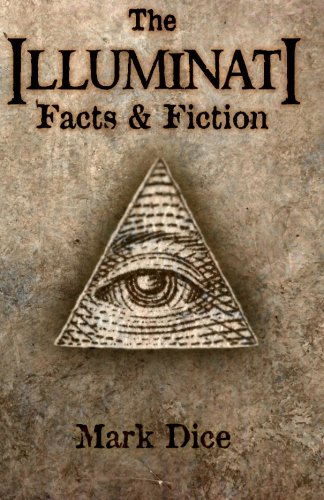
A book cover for The Illuminati: Facts & Fiction; Mark Dice; History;